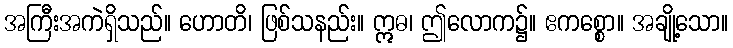
အကြီးအကဲရှိသည်။ ဟောတိ၊ ဖြစ်သနည်း။ ဣဓ၊ ဤလောက၌။ ဧကစ္စော။ အချို့သော။